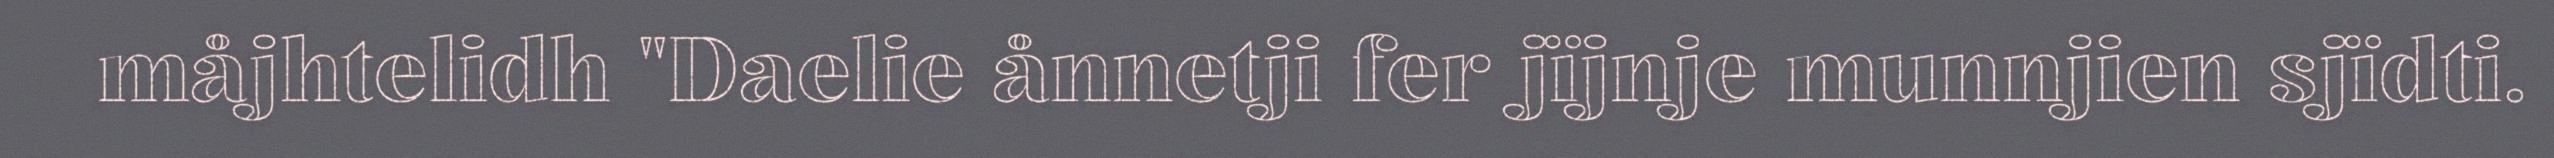
måjhtelidh "Daelie ånnetji fer jïjnje munnjien sjïdti.